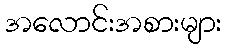
အလောင်းအစားများ